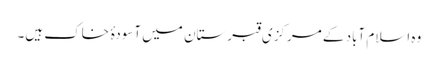
وہ اسلام آباد کے مرکزی قبرستان میں آسودۂ خاک ہیں۔